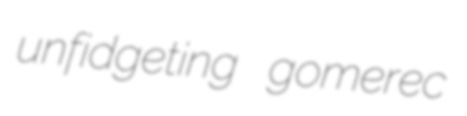
unfidgeting gomerec